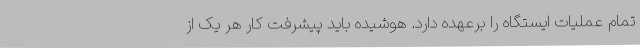
تمام عملیات ایستگاه را برعهده دارد. هوشیده باید پیشرفت کار هر یک از